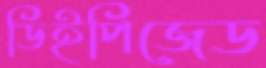
ডিইপিজেড